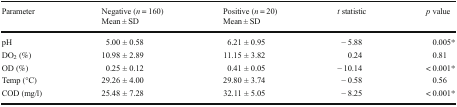
<table><thead><tr><td><b>Parameter</b></td><td><b>Negative (<i>n</i> = 160)Mean ± SD</b></td><td><b>Positive (<i>n</i> = 20)Mean ± SD</b></td><td><b><i>t</i> statistic</b></td><td><b><i>p</i> value</b></td></tr></thead><tbody><tr><td>pH</td><td>5.00 ± 0.58</td><td>6.21 ± 0.95</td><td>− 5.88</td><td>0.005*</td></tr><tr><td>DO<sub>2</sub> (%)</td><td>10.98 ± 2.89</td><td>11.15 ± 3.82</td><td>0.24</td><td>0.81</td></tr><tr><td>OD (%)</td><td>0.25 ± 0.12</td><td>0.41 ± 0.05</td><td>− 10.14</td><td>&lt; 0.001*</td></tr><tr><td>Temp (°C)</td><td>29.26 ± 4.00</td><td>29.80 ± 3.74</td><td>− 0.58</td><td>0.56</td></tr><tr><td>COD (mg/l)</td><td>25.48 ± 7.28</td><td>32.11 ± 5.05</td><td>− 8.25</td><td>&lt; 0.001*</td></tr></tbody></table>